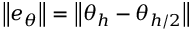
\left\| e _ { \theta } \right\| = \left\| \theta _ { h } - \theta _ { h / 2 } \right\|